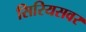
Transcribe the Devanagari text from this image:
सिरियसवर